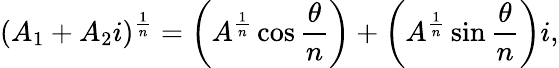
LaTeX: (A_{1}+A_{2}i)^{\frac{1}{n}}=\left(A^{\frac{1}{n}}\cos\frac{\theta}{n}\right)+\left(A^{\frac{1}{n}}\sin\frac{\theta}{n}\right)i,